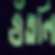
গুঁতলি